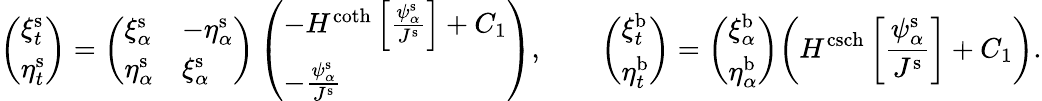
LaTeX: \left(\begin{array}{l}{\xi_{t}^{\mathrm{s}}}\\ {\eta_{t}^{\mathrm{s}}}\end{array}\right)=\left(\begin{array}{ll}{\xi_{\alpha}^{\mathrm{s}}}&{-\eta_{\alpha}^{\mathrm{s}}}\\ {\eta_{\alpha}^{\mathrm{s}}}&{\xi_{\alpha}^{\mathrm{s}}}\end{array}\right)\left(\begin{array}{l}{-H^{\coth}\left[\frac{\psi_{\alpha}^{\mathrm{s}}}{J^{\mathrm{s}}}\right]+C_{1}}\\ {-\frac{\psi_{\alpha}^{\mathrm{s}}}{J^{\mathrm{s}}}}\end{array}\right),\qquad\left(\begin{array}{l}{\xi_{t}^{\mathrm{b}}}\\ {\eta_{t}^{\mathrm{b}}}\end{array}\right)=\left(\begin{array}{l}{\xi_{\alpha}^{\mathrm{b}}}\\ {\eta_{\alpha}^{\mathrm{b}}}\end{array}\right)\bigg(H^{\operatorname{csch}}\left[\frac{\psi_{\alpha}^{\mathrm{s}}}{J^{\mathrm{s}}}\right]+C_{1}\bigg).